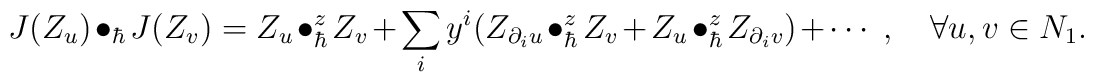
J(Z_u)\bullet_\hbar J(Z_v) = Z_u\bullet_\hbar^z Z_v+ \sum_{i} y^i ( Z_{\partial_i u}\bullet_\hbar^z Z_v +  Z_u\bullet_\hbar^zZ_{\partial_i v})+\cdots\;,\quad\forall u,v\in N_1.